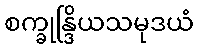
စက္ခုန္ဒြိယသမုဒယံ